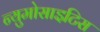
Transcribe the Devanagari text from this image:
न्युमोसाइटिस